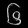
Digit: ၆